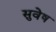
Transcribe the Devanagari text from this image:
सुवेष